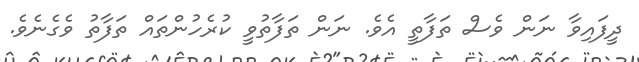
ދީފައިވާ ނަން ވެސް ތަފާތީ އެވެ. ނަން ތަފާތުވީ ކުރެހުންތައް ތަފާތު ވެގެނެވެ.